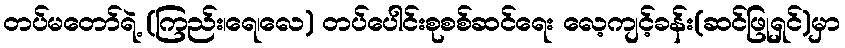
တပ်မတော်ရဲ့ (ကြည်း၊ရေ၊လေ) တပ်ပေါင်းစုစစ်ဆင်ရေး လေ့ကျင့်ခန်း(ဆင်ဖြုရှင်)မှာ